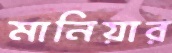
মানিয়ার